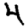
Digit: 4